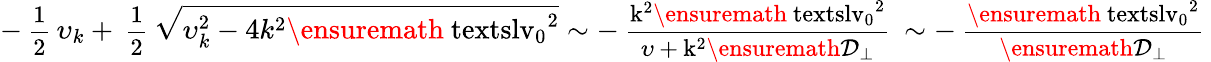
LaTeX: -\mathrm{\small~\displaystyle\frac{1}{2}~}\upsilon_{k}+\mathrm{\small~\displaystyle\frac{1}{2}~}\sqrt{\smash[b]{\upsilon_{k}^{2}-4k^{2}\ensuremath{\mathrm{\ textsl{v}}_{0}}^{2}}}\sim-\mathrm{\small~\displaystyle\frac{k^2\ensuremath{\mathrm{\ textsl{v}}_0}^2}{\upsilon+k^2\ensuremath{\mathcal{D}_\perp}}~}\sim-\mathrm{\small~\displaystyle\frac{\ensuremath{\mathrm{\ textsl{v}}_0}^2}{\ensuremath{\mathcal{D}_\perp}}~}